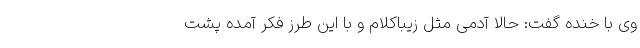
وی با خنده گفت: حالا آدمی مثل زیباکلام و با این طرز فکر آمده پشت